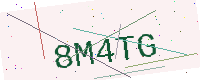
Text: 8M4TG